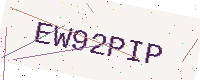
Text: EW92PIP